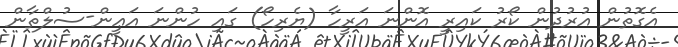
އެގޮތުން އުރުދުން ކޯރު ކައިރީ އޮންނަ އަރީހާ (ޔެރިހޯ) ގައި ހުންނަ އަޢީން-ސުލްތާން